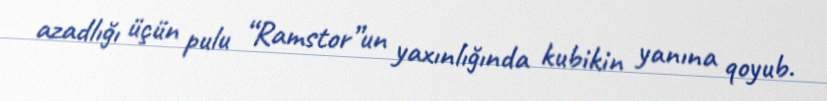
azadlığı üçün pulu “Ramstor”un yaxınlığında kubikin yanına qoyub.